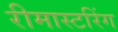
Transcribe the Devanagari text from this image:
रीमास्टरिंग